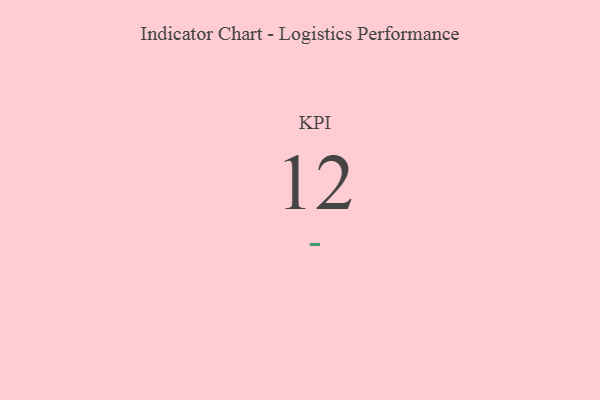
{"axis": {"x": "KPI", "y": "Value"}, "legend": [""], "data": [{"x": "KPI", "y": 12, "type": ""}]}